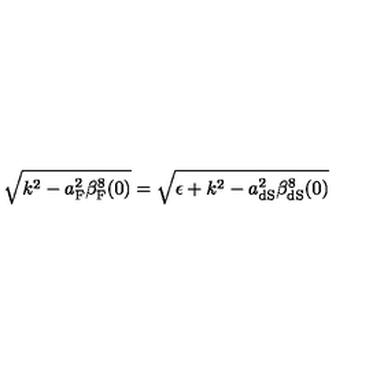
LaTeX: \sqrt { k ^ { 2 } - a _ { \mathrm { F } } ^ { 2 } \beta _ { \mathrm { F } } ^ { 8 } ( 0 ) } = \sqrt { \epsilon + k ^ { 2 } - a _ { \mathrm { d S } } ^ { 2 } \beta _ { \mathrm { d S } } ^ { 8 } ( 0 ) }